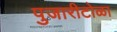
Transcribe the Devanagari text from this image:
पुजारीटोळा